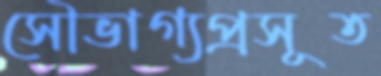
সৌভাগ্যপ্রসূত